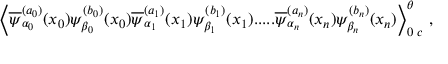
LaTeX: \Big \langle \overline { { { \psi } } } _ { \alpha _ { 0 } } ^ { ( a _ { 0 } ) } ( x _ { 0 } ) \psi _ { \beta _ { 0 } } ^ { ( b _ { 0 } ) } ( x _ { 0 } ) \overline { { { \psi } } } _ { \alpha _ { 1 } } ^ { ( a _ { 1 } ) } ( x _ { 1 } ) \psi _ { \beta _ { 1 } } ^ { ( b _ { 1 } ) } ( x _ { 1 } ) . . . . . \overline { { { \psi } } } _ { \alpha _ { n } } ^ { ( a _ { n } ) } ( x _ { n } ) \psi _ { \beta _ { n } } ^ { ( b _ { n } ) } ( x _ { n } ) \Big \rangle _ { 0 \; c } ^ { \theta } \; ,